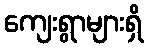
ကျေးရွာများရှိ